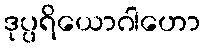
ဒုပ္ပရိယောဂါဟော